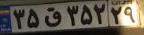
۳۵ق۳۵۲۲۹